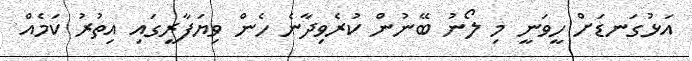
އަޅުގަނޑަށް ހީވަނީ މި ލޯނު ބޭނުން ކުރެވިދާނެ ހެން ވިޔަފާރީގައި އިތުރު ކަމެއް